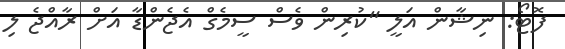
ފޮޓޯ: ނިޝާން އަލީ "ކުރިން ވެސް ސީމެގް އެޖެންޑާ އަށް ރާއްޖެ ލި